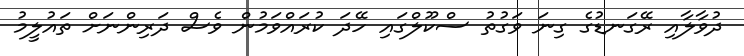
ދުވާލާއި ރޭގަނޑުގެ ގިނަ ވަގުތު ސްކޫލްގައި ހޭދަ ކުރައްވަމުން ވެސް ދަރިންނަށް ތައުލީމު